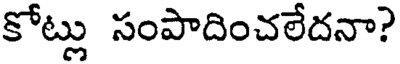
కోట్లు సంపాదించలేదనా?